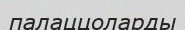
палаццоларды